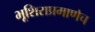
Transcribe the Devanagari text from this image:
भूशिराप्रमाणेच